Civil Veterinary Department Bihar & Orissa reports 1911-21 - 1911-1921
Year: 1911
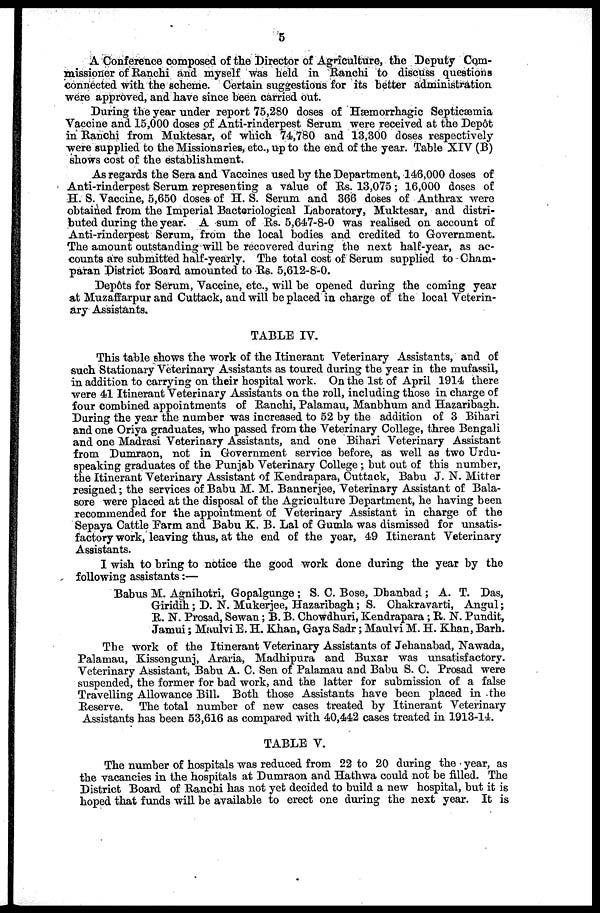
5
A Conference composed of the Director of Agriculture, the Deputy Com-
missioner of Ranchi and myself was held in Ranchi to discuss questions
connected with the scheme. Certain suggestions for its better administration
were approved, and have since been carried out.
During the year under report 75,280 doses of Hæmorrhagic Septicæmia
Vaccine and 15,000 doses of Anti-rinderpest Serum were received at the Depôt
in Ranchi from Muktesar, of which 74,780 and 13,300 doses respectively
were supplied to the Missionaries, etc., up to the end of the year. Table XIV (B)
shows cost of the establishment.
As regards the Sera and Vaccines used by the Department, 146,000 doses of
Anti-rinderpest Serum representing a value of Rs. 13,075 ; 16,000 doses of
H. S. Vaccine, 5,650 doses of H. S. Serum and 366 doses of Anthrax were
obtained from the Imperial Bacteriological Laboratory, Muktesar, and distri-
buted during the year. A sum of Rs. 5,647-8-0 was realised on account of
Anti-rinderpest Serum, from the local bodies and credited to Government.
The amount outstanding will be recovered during the next half-year, as ac-
counts are submitted half-yearly. The total cost of Serum supplied to Cham-
paran District Board amounted to Rs. 5,612-8-0.
Dep6ts for Serum, Vaccine, etc., will be opened during the coming year
at Muzaffarpur and Cuttack, and will be placed in charge of the local Veterin-
ary Assistants.
TABLE IV.
This table shows the work of the Itinerant Veterinary Assistants, and of
such Stationary Veterinary Assistants as toured during the year in the mufassil,
in addition to carrying on their hospital work. On the 1st of April 1914 there
were 41 Itinerant Veterinary Assistants on the roll, including those in charge of
four combined appointments of Ranchi, Palamau, Manbhum and Hazaribagh.
During the year the number was increased to 52 by the addition of 3 Bihari
and one Oriya graduates, who passed from the Veterinary College, three Bengali
and one Madrasi Veterinary Assistants, and one Bihari Veterinary Assistant
from Dumraon, not in Government service before, as well as two Urdu-
speaking graduates of the Punjab Veterinary College ; but out of this number,
the Itinerant Veterinary Assistant of Kendrapara, Cuttack, Babu J. N. Mitter
resigned ; the services of Babu M. M. Bannerjee, Veterinary Assistant of Bala-
sore were placed at the disposal of the Agriculture Department, he having been
recommended for the appointment of Veterinary Assistant in charge of the
Sepaya Cattle Farm and Babu K. B. Lal of Gumla was dismissed for unsatis-
factory work, leaving thus, at the end of the year, 49 Itinerant Veterinary
Assistants.
I wish to bring to notice the good work done during the year by the
following assistants:—
Babus M. Agnihotri, Gopalgunge ; S. C. Bose, Dhanbad ; A. T. Das,
Giridih; D. N. Mukerjee, Hazaribagh; S. Chakravarti, Angul;
R. N. Prosad, Sewan ; B. B. Chowdhuri, Kendrapara ; R. N. Pundit,
Jamui; Maulvi E. H. Khan, Gaya Sadr ; Maulvi M. H. Khan, Barh.
The work of the Itinerant Veterinary Assistants of Jehanabad, Nawada,
Palamau, Kissengunj, Araria, Madhipura and Buxar was unsatisfactory.
Veterinary Assistant, Babu A. C. Sen of Palamau and Babu S. C. Prosad were
suspended, the former for bad work, and the latter for submission of a false
Travelling Allowance Bill. Both those Assistants have been placed in the
Reserve. The total number of new cases treated by Itinerant Veterinary
Assistants has been 53,616 as compared with 40,442 cases treated in 1913-14.
TABLE V.
The number of hospitals was reduced from 22 to 20 during the year, as
the vacancies in the hospitals at Dumraon and Hathwa could not be filled. The
District Board of Ranchi has not yet decided to build a new hospital, but it is
hoped that funds will be available to erect one during the next year. It is